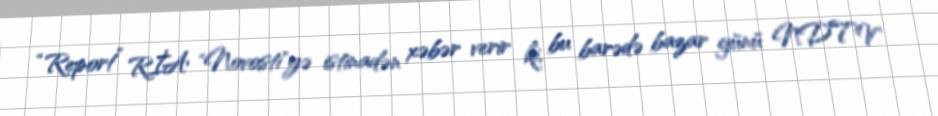
“Report” RİA "Novosti"yə istinadən xəbər verir ki, bu barədə bazar günü NDTV